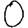
Digit: 0